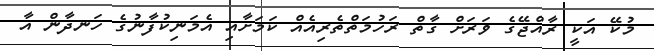
މުކޭ އަކީ ރާއްޖޭގެ ވަރަށް ގާތް ރަހުމަތްތެރިއެއް ކަމަށާއި އެމަނިކުފާނުގެ ހަނދާން އާ